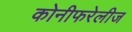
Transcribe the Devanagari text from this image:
कोनीफरेलीज